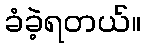
ခံခဲ့ရတယ်။